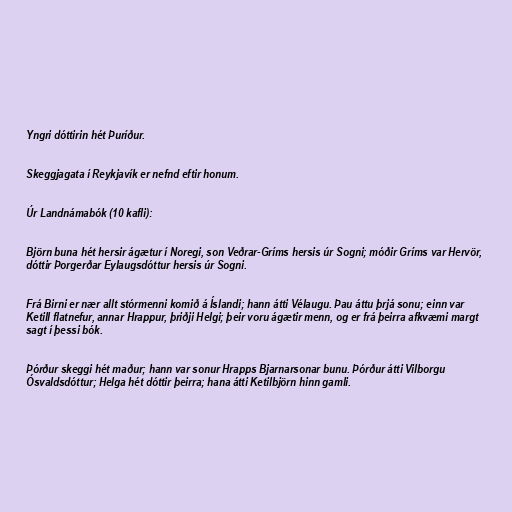
Yngri dóttirin hét Þuríður.

Skeggjagata í Reykjavík er nefnd eftir honum.

Úr Landnámabók (10 kafli):

Björn buna hét hersir ágætur í Noregi, son Veðrar-Gríms hersis úr Sogni; móðir Gríms var Hervör,
dóttir Þorgerðar Eylaugsdóttur hersis úr Sogni.

Frá Birni er nær allt stórmenni komið á Íslandi; hann átti Vélaugu. Þau áttu þrjá sonu; einn var
Ketill flatnefur, annar Hrappur, þriðji Helgi; þeir voru ágætir menn, og er frá þeirra afkvæmi margt
sagt í þessi bók.

Þórður skeggi hét maður; hann var sonur Hrapps Bjarnarsonar bunu. Þórður átti Vilborgu
Ósvaldsdóttur; Helga hét dóttir þeirra; hana átti Ketilbjörn hinn gamli.